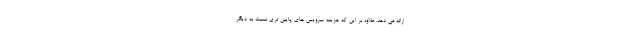
ارائه می دهد. علاوه بر این که هزینه سرویس های پایین تری نسبت به دیگر